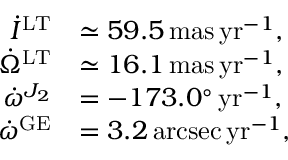
\begin{array} { r l } { \dot { I } ^ { \mathrm { L T } } } & { \simeq 5 9 . 5 \, \mathrm { m a s \, y r } ^ { - 1 } , } \\ { \dot { \Omega } ^ { \mathrm { L T } } } & { \simeq 1 6 . 1 \, \mathrm { m a s \, y r } ^ { - 1 } , } \\ { \dot { \omega } ^ { J _ { 2 } } } & { = - 1 7 3 . 0 ^ { \circ } \, \mathrm { y r } ^ { - 1 } , } \\ { \dot { \omega } ^ { \mathrm { G E } } } & { = 3 . 2 \, \mathrm { a r c s e c \, y r } ^ { - 1 } , } \end{array}